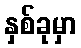
နှစ်ခုမှာ